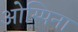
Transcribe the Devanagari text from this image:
ओस्पिना